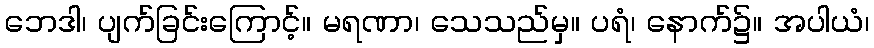
ဘေဒါ၊ ပျက်ခြင်းကြောင့်။ မရဏာ၊ သေသည်မှ။ ပရံ၊ နောက်၌။ အပါယံ၊